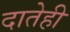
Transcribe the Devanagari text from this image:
दातेही